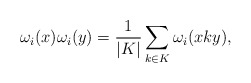
\begin{align*}\omega_i(x)\omega_i(y)=\frac{1}{|K|}\sum_{k\in K}\omega_i(xky),\end{align*}